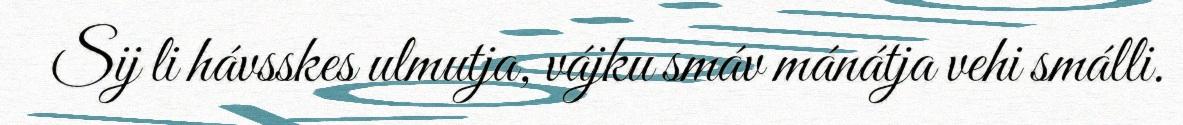
Sij li hávsskes ulmutja, vájku smáv mánátja vehi smálli.